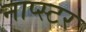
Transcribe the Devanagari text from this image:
नाप्स्टर